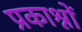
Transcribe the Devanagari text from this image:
प्रकाश्नों